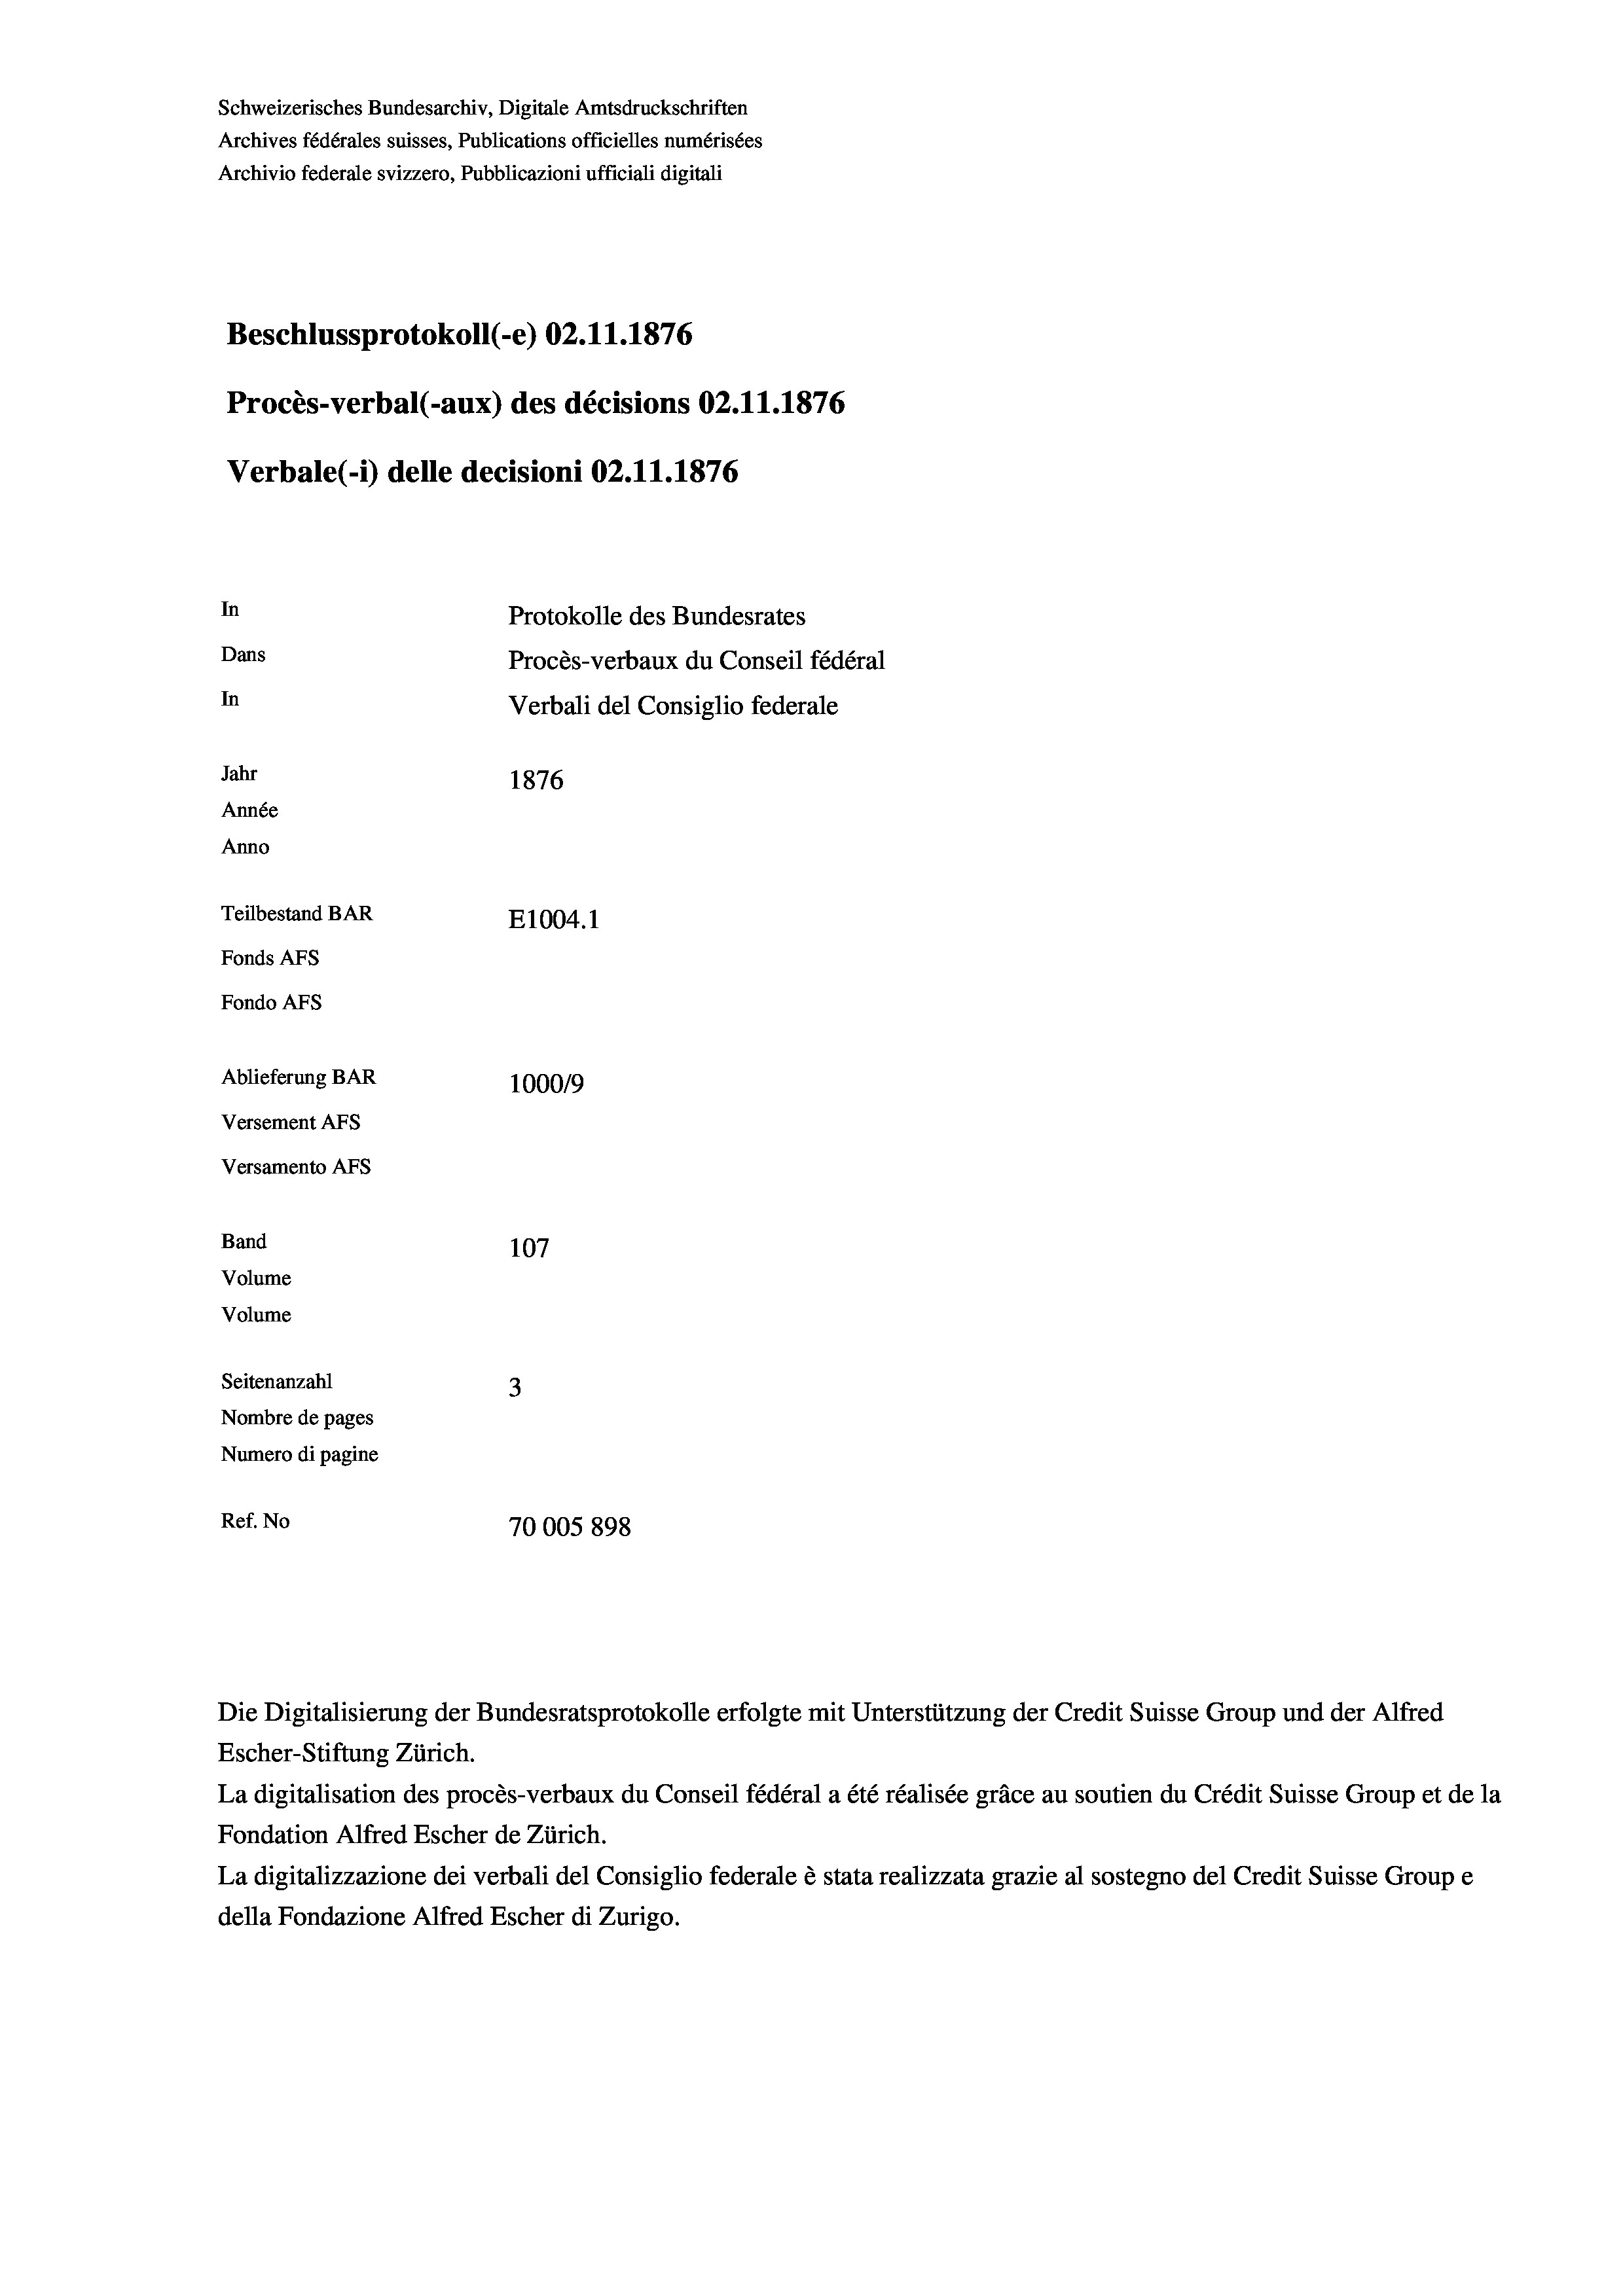
Schweizerisches Bundesarchiv, Digitale Amtsdruckschriften
Archives fédérales suisses, Publications officielles numérisées
Archivio federale svizzero, Pubblicazioni ufficiali digitali
Beschlussprotokoll (-e) 02.11.1876
Procès-verbal (-aux) des décisions 02.11.1876
Verbale(*) delle decisioni 02.11.1876
In
Protokolle des Bundesrates
Dans
Procès-verbaux du Conseil fédéral
In
Verbali del Consiglio federale
Jahr
1876
Année
Anno
Teilbestand BAR
E1004. 1
Fonds AFs
Fondo AFS
Ablieferung BAR
100019
Versement Abs
Versamento Afs
Band
107
Volume
Volume
Seitenanzahl
3
Nombre de pages
Numero di pagine
Ref. No
70005 898

Escher-Stiftung Zürich.
La digitalisation des procès-verbaux du Conseil fédéral a été réalisée gräce au soutien du Crédit Suisse Group et de la
Fondation Alfred Escher de Zürich.
La digitalizzazione dei verbali del Consiglio federale è stata realizzata grazie al sostegno del Credit Suisse Groupe
della Fondazione Alfred Escher di Zurigo.

Die Digitalisierung der Bundesratsprotokolle erfolgte mit Unterstützung der Credit Suisse Group und der Alfred